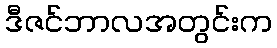
ဒီဇင်ဘာလအတွင်းက